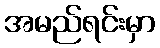
အမည်ရင်းမှာ